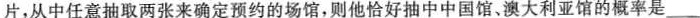
片，从中任意抽取两张来确定预约的场馆，则他恰好抽中中国馆、澳大利亚馆的概率是___